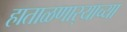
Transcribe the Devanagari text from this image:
हाताळणार्‍याच्या